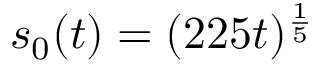
s _ { 0 } ( t ) \stackrel { } { = } ( 2 2 5 t ) ^ { \frac 1 5 }